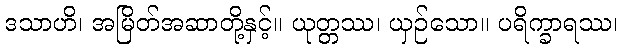
ဒသာဟိ၊ အမြိတ်အဆာတို့နှင့်။ ယုတ္တဿ၊ ယှဉ်သော။ ပရိက္ခာရဿ၊